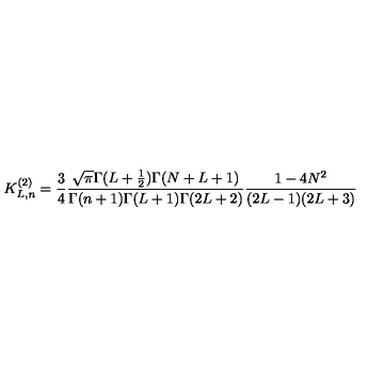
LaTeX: K _ { L , n } ^ { ( 2 ) } = \frac 3 4 \frac { \sqrt { \pi } \Gamma ( L + \frac 1 2 ) \Gamma ( N + L + 1 ) } { \Gamma ( n + 1 ) \Gamma ( L + 1 ) \Gamma ( 2 L + 2 ) } \frac { 1 - 4 N ^ { 2 } } { ( 2 L - 1 ) ( 2 L + 3 ) }